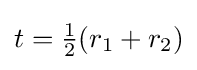
{\textstyle t={\tfrac {1}{2}}(r_{1}+r_{2})}